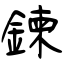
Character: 鍊